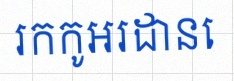
រកកូអរដោនេ